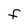
Character: F